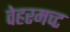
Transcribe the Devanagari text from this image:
वेहरमच्ट